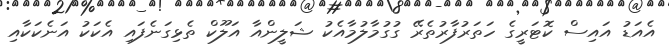
އެއަޑު އައިސް ކޮޓަރީގެ ހަތަރުފާރުތެރޭ ގުގުމާލުމާއެކު ޝަލީންއާ އަލޫކް ތެޅިގަނެފައި އެކަކު އަނެކަކާއި